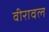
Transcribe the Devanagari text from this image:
वीरावल